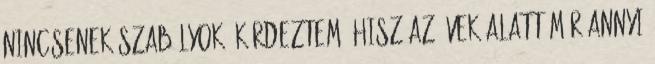
nincsenek szabályok? Kérdeztem, hisz az évek alatt már annyi